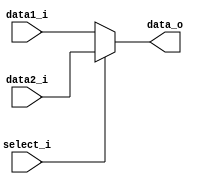
module MUX32
(
	data1_i,
	data2_i,
	select_i,
	data_o
);

input  [31 : 0] data1_i;
input  [31 : 0] data2_i;
input           select_i;
output [31 : 0] data_o;

assign data_o = (select_i == 1'b0)? data1_i : data2_i;

endmodule